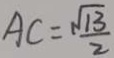
A C = \frac { \sqrt { 1 3 } } { 2 }